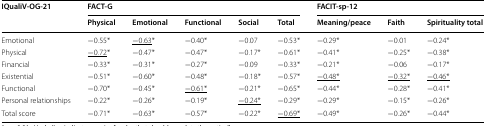
<table><thead><tr><td rowspan="2"><b>IQualiV-OG-21</b></td><td colspan="5"><b>FACT-G</b></td><td colspan="3"><b>FACIT-sp-12</b></td></tr><tr><td><b>Physical</b></td><td><b>Emotional</b></td><td><b>Functional</b></td><td><b>Social</b></td><td><b>Total</b></td><td><b>Meaning/peace</b></td><td><b>Faith</b></td><td><b>Spirituality total</b></td></tr></thead><tbody><tr><td>Emotional</td><td>−0.55*</td><td><underline>−0.63</underline>*</td><td>−0.40*</td><td>−0.07</td><td>−0.53*</td><td>−0.29*</td><td>−0.01</td><td>−0.24*</td></tr><tr><td>Physical</td><td><underline>−0.72</underline>*</td><td>−0.47*</td><td>−0.47*</td><td>−0.17*</td><td>−0.61*</td><td>−0.41*</td><td>−0.25*</td><td>−0.38*</td></tr><tr><td>Financial</td><td>−0.33*</td><td>−0.31*</td><td>−0.27*</td><td>−0.09</td><td>−0.33*</td><td>−0.21*</td><td>−0.06</td><td>−0.17*</td></tr><tr><td>Existential</td><td>−0.51*</td><td>−0.60*</td><td>−0.48*</td><td>−0.18*</td><td>−0.57*</td><td><underline>−0.48*</underline></td><td><underline>−0.32*</underline></td><td><underline>−0.46*</underline></td></tr><tr><td>Functional</td><td>−0.70*</td><td>−0.45*</td><td><underline>−0.61*</underline></td><td>−0.21*</td><td>−0.65*</td><td>−0.44*</td><td>−0.28*</td><td>−0.41*</td></tr><tr><td>Personal relationships</td><td>−0.22*</td><td>−0.26*</td><td>−0.19*</td><td><underline>−0.24*</underline></td><td>−0.29*</td><td>−0.29*</td><td>−0.15*</td><td>−0.26*</td></tr><tr><td>Total score</td><td>−0.71*</td><td>−0.63*</td><td>−0.57*</td><td>−0.22*</td><td><underline>−0.69*</underline></td><td>−0.49*</td><td>−0.26*</td><td>−0.44*</td></tr></tbody></table>